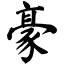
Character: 豪